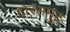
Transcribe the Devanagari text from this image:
दोरसमुद्र